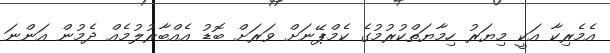
އެމެރިކާ އަކީ މިޔަރު ހިމާޔަތްކުރުމުގެ ކެމްޕޭނަށް ވަރަށް ބޮޑު އެއްބާރުލުމެއް ދެމުން އަންނަ